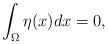
LaTeX: \begin{align*} \int_\Omega \eta(x) dx = 0,\end{align*}